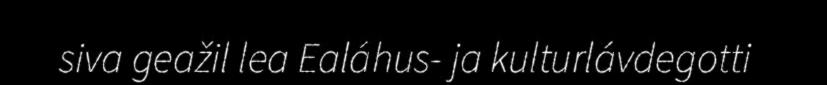
siva geažil lea Ealáhus- ja kulturlávdegotti